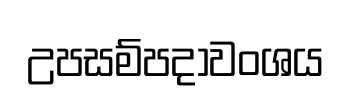
උපසම්පදාවංශය